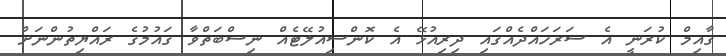
ގާއިމް ކުރަނީ އެ ސަރަހައްދެއްގައި ދިރިއުޅޭ އެ ކޮންސިއުލޭޓެއް ނިސްބަތްވާ ގައުމުގެ ރައްޔިތުންނަށް